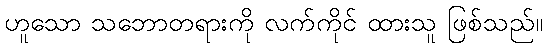
ဟူသော သဘောတရားကို လက်ကိုင် ထားသူ ဖြစ်သည်။